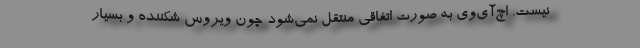
نیست. اچ‌آی‌وی به صورت اتفاقی منتقل نمی‌شود چون ویروس شکننده و بسیار